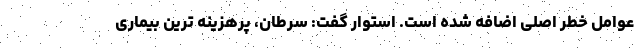
عوامل خطر اصلی اضافه شده است. استوار گفت: سرطان، پرهزینه ترین بیماری